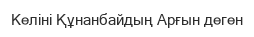
Келіні Құнанбайдың Арғын деген